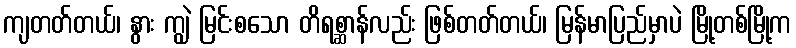
ကျတတ်တယ်၊ နွား ကျွဲ မြင်းစသော တိရစ္ဆာန်လည်း ဖြစ်တတ်တယ်၊ မြန်မာပြည်မှာပဲ မြို့တစ်မြို့က